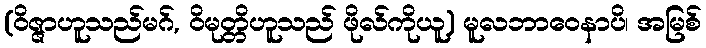
(ဝိဇ္ဇာဟူသည်မဂ်, ဝိမုတ္တိဟူသည် ဖိုလ်ကိုယူ) မူလဘာဝေနာပိ၊ အမြစ်